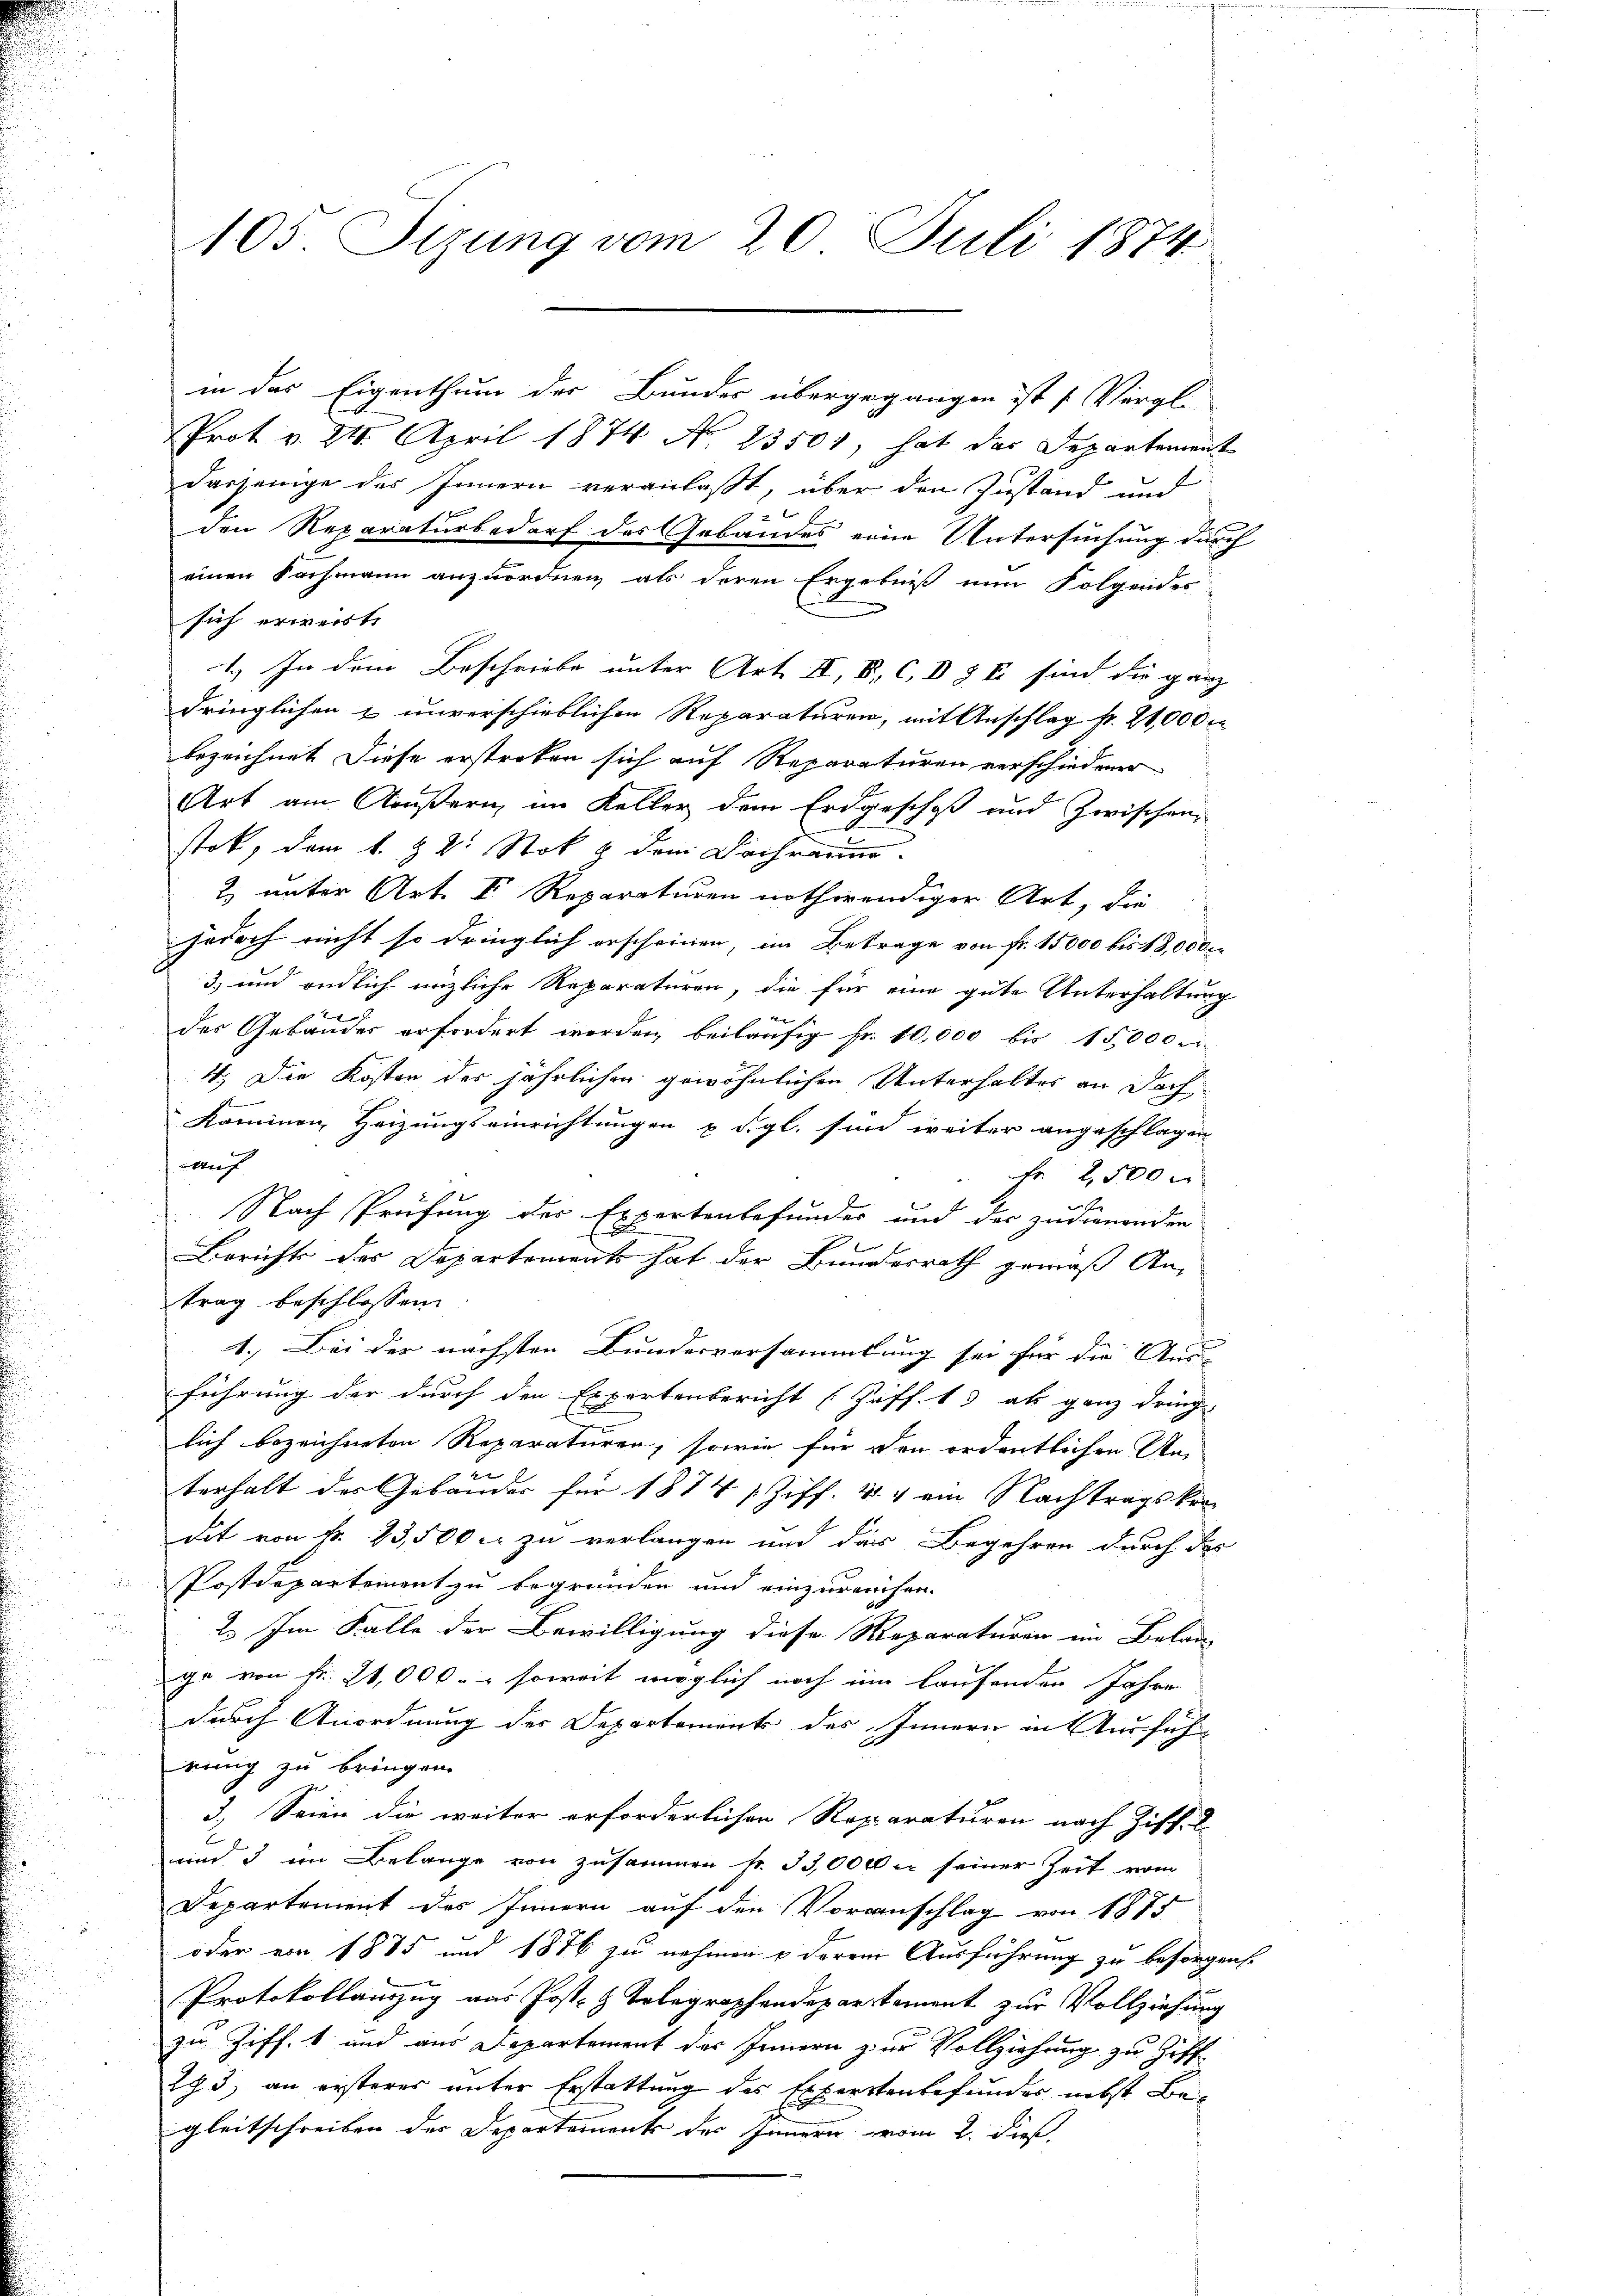
in der Eigenthum der Bunder übergegangen ist [Vergl.
Prot v. 24. April 1874 N. 23501, hat das Departement
dasjenige des Innern veranlaßt, über den Zustand und
den Reparaturbedarf des Gebäudes eine Untersuchung durch
einen Fachmann anzuordnen, als deren Ergebniß nun Folgendes-
n
sich erweist,
1.) In dem Beschriebe unter Art. II, S. C. I § I sind die ganz
dringlichen & unverschieblichen Reparaturen, mit Anschlag k. 24,000 M
bezeichnet. Diese erstreken sich auf Reparaturen verschiedener
Art am Aeußern, im Keller dem Erdgeschoß und Zwischen,
A
stok, dem k. k. Stok & dem Dachraum.
2) unter Art. I. Reparaturen nothwendiger Art, die
jodoch nicht so dringlich erscheinen, im Betrage von fr. 15,000 bis 13,000
3) und endlich enzliche Reparaturen, die für eine gute Unterhaltung
des Gebäuder erfordert werden, beiläufig Fr. 10,000 bis 15,000
11. Die Kosten der jährlichen gewöhnlichen Unterhaltes an Doch
Kammen, Heizungseinrichtungen u. d. gl. sind weiter angeschlagen
Werf
Fr 2500 x
Nach Prüfung der Expertenbefunder und der zudienenden
Berichts des Departements hat der Bundesrath gemäß Antrag beschlossen:
1. Bei der nächsten Bundesversammlung sei für die Aus-
führung der durch den Expertenbericht (Ziff. 13 als ganz dring
lich bezeichneten Reparaturen, sowie für den ordentlichen An-
u
terhalt des Gebäuder für 1874 Ziff. 414 ein Nachtragskendit von fr. 23,500 c. zu verlangen und das Begehren durch das
Postdepartement zu begründen und einzureichen.
2. Im Falle der Bewilligung diese Reparaturen in Belan
ge von Fr. 11,000. soweit möglich noch ein laufenden Jahre
durch Anordnung der Departements des Innern in Ausführung zu bringen.
3.) Seien die weiter erforderlichen Reparaturen nach Ziff. 2
und 3 im Belange von zusammen k. 33,000 u. seiner Zeit vom
Departement des Innern auf den Voranschlag von 1875
oder von 1885 und 1876 zu nehmen & derem Ausführung zu besorgens.
Protokollanzug aus Post- & Telegraphendepartement zur Vollziehung
zu Ziff. 1 und aus Departement des Innern zur Vollziehung zu Ziff-
293, an ersteres unter Erstattung des Exporstenbefundes nebst Beigleitschreiben der Departement des Innern vom 2. Dies

105. Sizung vom 20. Juli 1874